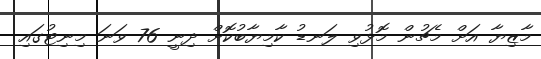
މާޒިޔާ އަށް މެޗުން މޮޅުވި ލަނޑު ކާމިޔާބުކޮށް ދިނީ 76 ވަނަ މިނިޓުގައި